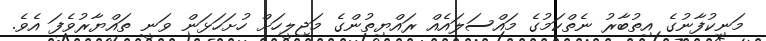
މަނިކުފާނުގެ އިތުބާރު ނެތްކަމުގެ މައްސަލައެއް ރައްޔިތުންގެ މަޖިލީހަށް ހުށަހަޅަން ވަނީ ތައްޔާރުވެފަ އެވެ.